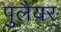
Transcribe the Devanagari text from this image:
पुलैयर